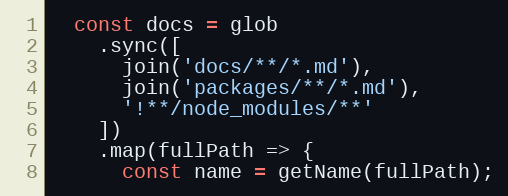
Language: JavaScript
  const docs = glob
    .sync([
      join('docs/**/*.md'),
      join('packages/**/*.md'),
      '!**/node_modules/**'
    ])
    .map(fullPath => {
      const name = getName(fullPath);